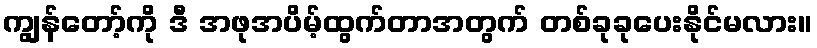
ကျွန်တော့်ကို ဒီ အဖုအပိမ့်ထွက်တာအတွက် တစ်ခုခုပေးနိုင်မလား။